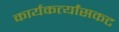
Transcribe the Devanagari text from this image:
कार्यकर्त्यांसकट